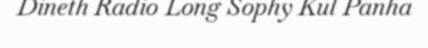
Dineth Radio Long Sophy Kul Panha